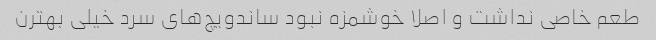
طعم خاصی نداشت و اصلا خوشمزه نبود ساندویچ‌های سرد خیلی بهترن